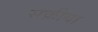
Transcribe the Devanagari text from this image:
संक्रीया